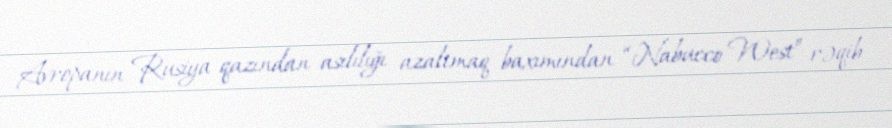
Avropanın Rusiya qazından asılılığı azaltmaq baxımından “Nabucco West” rəqib